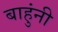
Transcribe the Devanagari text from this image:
बाहुंनी